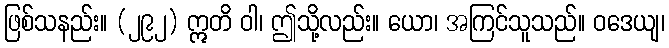
ဖြစ်သနည်း။ (၂၉၂) ဣတိ ဝါ၊ ဤသို့လည်း။ ယော၊ အကြင်သူသည်။ ဝဒေယျ၊